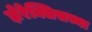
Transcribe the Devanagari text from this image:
झेरेक्सिसच्या